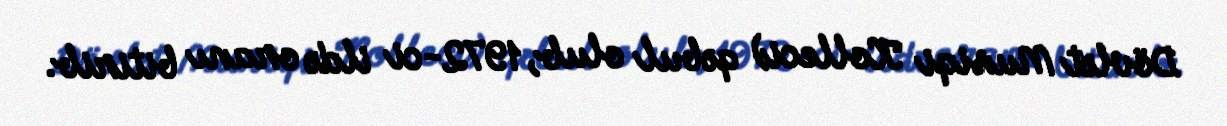
Dövlət Musiqi Kolleci) qəbul olub, 1972-ci ildə oranı bitirib.